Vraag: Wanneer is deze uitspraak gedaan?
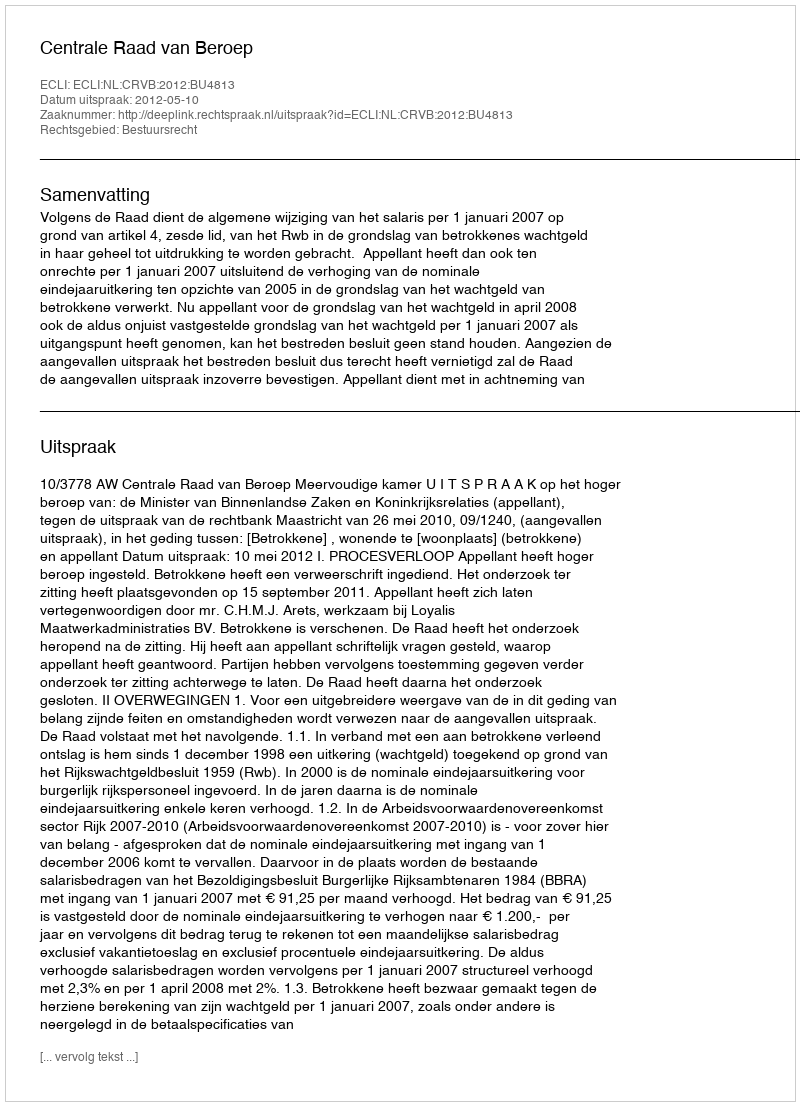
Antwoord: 2012-05-10